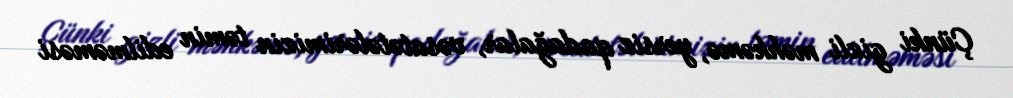
Çünki gizli məhkəmə, yersiz qadağalar, vəsatətələrimizin təmin edilməməsi